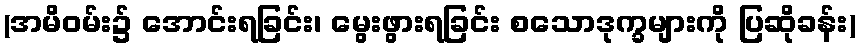
(အမိဝမ်း၌ အောင်းရခြင်း၊ မွေးဖွားရခြင်း စသောဒုက္ခများကို ပြဆိုခန်း)